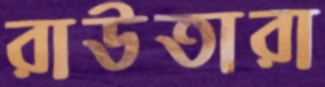
রাউতারা